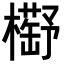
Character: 𣝰